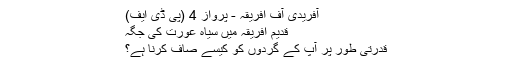
آفریدی آف افریقہ - پرواز 4 (پی ڈی ایف)
قدیم افریقہ میں سیاہ عورت کی جگہ
قدرتی طور پر آپ کے گردوں کو کیسے صاف کرنا ہے؟